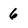
Character: 6